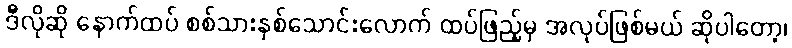
ဒီလိုဆို နောက်ထပ် စစ်သားနှစ်သောင်းလောက် ထပ်ဖြည့်မှ အလုပ်ဖြစ်မယ် ဆိုပါတော့၊